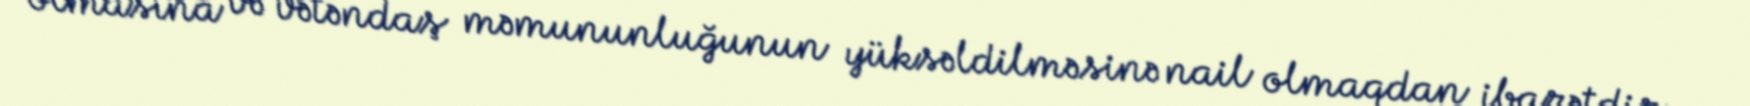
olmasına və vətəndaş məmununluğunun yüksəldilməsinə nail olmaqdan ibarətdir.